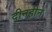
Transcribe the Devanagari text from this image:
दीनहीन